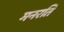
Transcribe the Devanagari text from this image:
मनरति